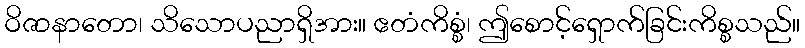
ဝိဇာနာတော၊ သိသောပညာရှိအား။ ဧတံကိစ္စံ၊ ဤစောင့်ရှောက်ခြင်းကိစ္စသည်။